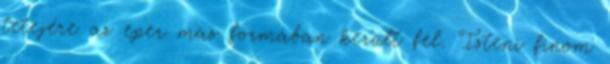
tetejére az eper más formában került fel. Isteni finom